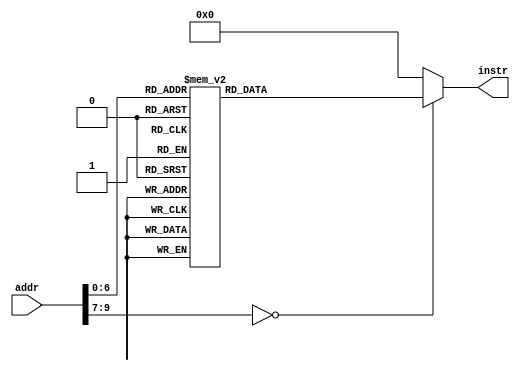
// this file is generated automatically
module Imem (
	input [9:0] addr,
	output reg[31:0] instr
);
	always @(addr) begin
		case (addr)
			10'b0000000000 : instr = 32'hfff00413;
			10'b0000000001 : instr = 32'h00000493;
			10'b0000000010 : instr = 32'h0084a023;
			10'b0000000011 : instr = 32'h00140413;
			10'b0000000100 : instr = 32'h00448493;
			10'b0000000101 : instr = 32'h0084a023;
			10'b0000000110 : instr = 32'h00140413;
			10'b0000000111 : instr = 32'h00448493;
			10'b0000001000 : instr = 32'h0084a023;
			10'b0000001001 : instr = 32'h00140413;
			10'b0000001010 : instr = 32'h00448493;
			10'b0000001011 : instr = 32'h0084a023;
			10'b0000001100 : instr = 32'h00140413;
			10'b0000001101 : instr = 32'h00448493;
			10'b0000001110 : instr = 32'h0084a023;
			10'b0000001111 : instr = 32'h00140413;
			10'b0000010000 : instr = 32'h00448493;
			10'b0000010001 : instr = 32'h0084a023;
			10'b0000010010 : instr = 32'h00140413;
			10'b0000010011 : instr = 32'h00448493;
			10'b0000010100 : instr = 32'h0084a023;
			10'b0000010101 : instr = 32'h00140413;
			10'b0000010110 : instr = 32'h00448493;
			10'b0000010111 : instr = 32'h0084a023;
			10'b0000011000 : instr = 32'h00140413;
			10'b0000011001 : instr = 32'h00448493;
			10'b0000011010 : instr = 32'h0084a023;
			10'b0000011011 : instr = 32'h00140413;
			10'b0000011100 : instr = 32'h00448493;
			10'b0000011101 : instr = 32'h0084a023;
			10'b0000011110 : instr = 32'h00140413;
			10'b0000011111 : instr = 32'h00448493;
			10'b0000100000 : instr = 32'h0084a023;
			10'b0000100001 : instr = 32'h00140413;
			10'b0000100010 : instr = 32'h00448493;
			10'b0000100011 : instr = 32'h0084a023;
			10'b0000100100 : instr = 32'h00140413;
			10'b0000100101 : instr = 32'h00448493;
			10'b0000100110 : instr = 32'h0084a023;
			10'b0000100111 : instr = 32'h00140413;
			10'b0000101000 : instr = 32'h00448493;
			10'b0000101001 : instr = 32'h0084a023;
			10'b0000101010 : instr = 32'h00140413;
			10'b0000101011 : instr = 32'h00448493;
			10'b0000101100 : instr = 32'h0084a023;
			10'b0000101101 : instr = 32'h00140413;
			10'b0000101110 : instr = 32'h00448493;
			10'b0000101111 : instr = 32'h0084a023;
			10'b0000110000 : instr = 32'h00140413;
			10'b0000110001 : instr = 32'h00448493;
			10'b0000110010 : instr = 32'h00140413;
			10'b0000110011 : instr = 32'h00000433;
			10'b0000110100 : instr = 32'h03c00493;
			10'b0000110101 : instr = 32'h00042983;
			10'b0000110110 : instr = 32'h0004aa03;
			10'b0000110111 : instr = 32'h0149a2b3;
			10'b0000111000 : instr = 32'h00028663;
			10'b0000111001 : instr = 32'h0134a023;
			10'b0000111010 : instr = 32'h01442023;
			10'b0000111011 : instr = 32'hffc48493;
			10'b0000111100 : instr = 32'hfe9412e3;
			10'b0000111101 : instr = 32'h00800533;
			10'b0000111110 : instr = 32'h02200893;
			10'b0000111111 : instr = 32'h00000073;
			10'b0001000000 : instr = 32'h00440413;
			10'b0001000001 : instr = 32'h03c00493;
			10'b0001000010 : instr = 32'hfc9416e3;
			10'b0001000011 : instr = 32'h00a00893;
			10'b0001000100 : instr = 32'h00000073;
			default: instr = 0;
		endcase
	end
endmodule